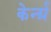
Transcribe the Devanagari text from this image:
केर्न्ग्र